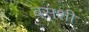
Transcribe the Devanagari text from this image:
बसशी